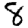
Digit: 8